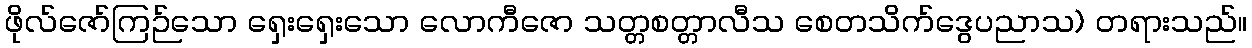
ဖိုလ်ဇော်ကြဉ်သော ရှေးရှေးသော လောကီဇော သတ္တစတ္တာလီသ စေတသိက်ဒွေပညာသ) တရားသည်။